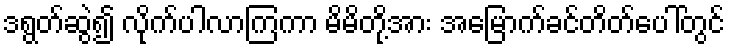
ဒရွတ်ဆွဲ၍ လိုက်ပါလာကြကာ မိမိတို့အား အမြောက်ခင်တိတ်ပေါ်တွင်